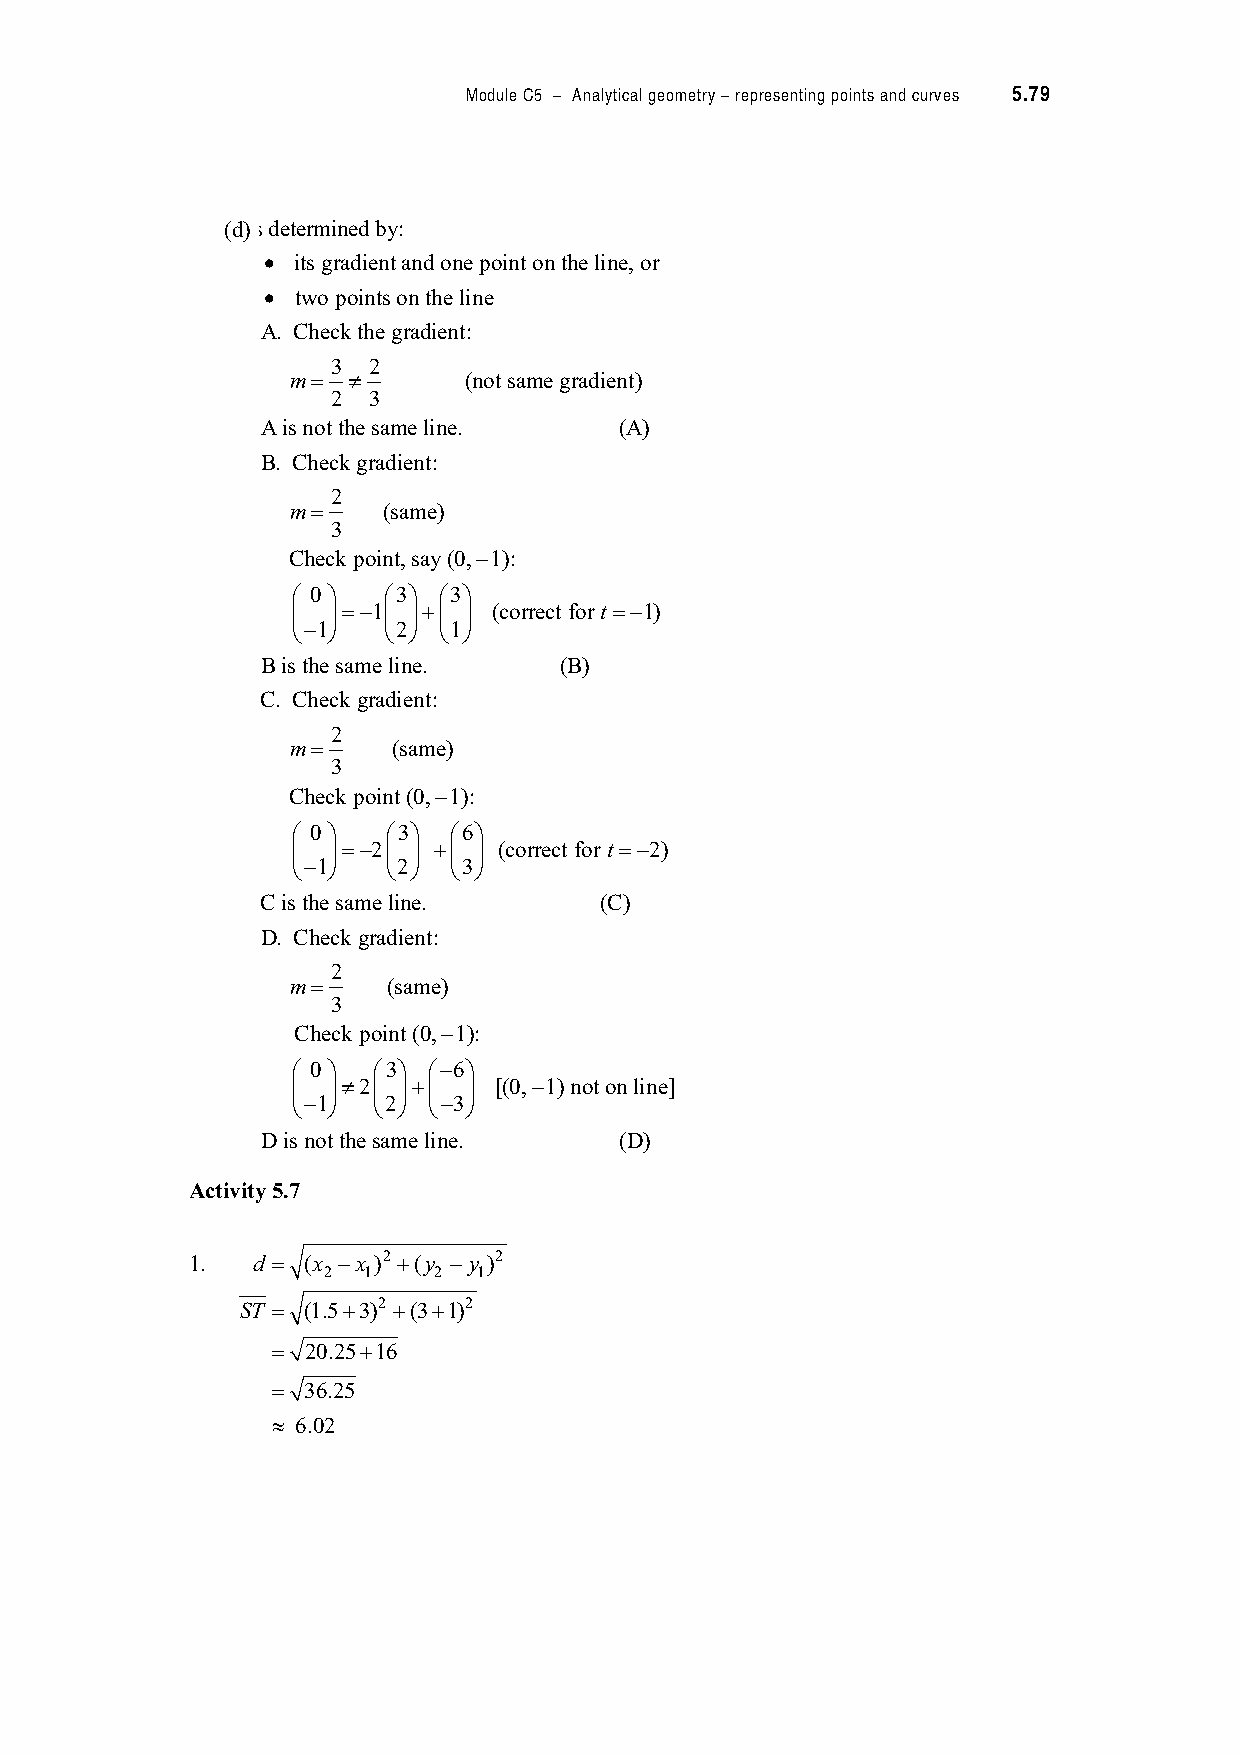
Module C5 – Analytical geometry – representing points and curves 5.79
 (d)s determined by:
 6 its gradient and one point on the line, or
 6  two points on the line
 A. Check the gradient:
 3 2
 m!  7       (not same gradient)
 2 3
 A is not the same line. (A)
 B. Check gradient:
 2
 m!    (same)
 3
 Check point, say (0,$1):
 - 0 . -3. -3.
 4  5!$14 5#4 5 (correct for t !$1)
 +$1,  +2, +1,
 B is the same line. (B)
 C. Check gradient:
 2
 m!     (same)
 3
 Check point (0,$1):
 - 0 .  -3. -6.
 4  5!$24 5 #4 5 (correct for t!$2)
 +$1,   +2, +3,
 C is the same line.    (C)
 D. Check gradient:
 2
 m!     (same)
 3
 Check point (0,$1):
 - 0 . -3. -$6.
 4  5724 5#4 5 [(0,$1) not on line]
 +$1,  +2, +$3,
 D is not the same line. (D)
 Activity 5.7
 1.   d ! (x $x )2 #(y $ y )2
 2  1    2  1
 ST ! (1.5#3)2 #(3#1)2
 ! 20.25#16
 ! 36.25
 1 6.02